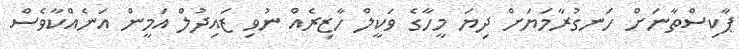
ޕާކިސްތާނަށް ހަނގުރާމަޔަށް ދިޔަ މީހާގެ ވަކީލް ހާޒިރެއް ނުވި ޒައިދުލް އަމީން އަނެއްކާވެސް